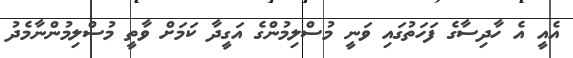
އެއީ އެ ހާދިސާގެ ފަހަތުގައި ވަނީ މުސްލިމުންގެ އަގީދާ ކަމަށް ވާތީ މުސްލިމުންނާމެދު